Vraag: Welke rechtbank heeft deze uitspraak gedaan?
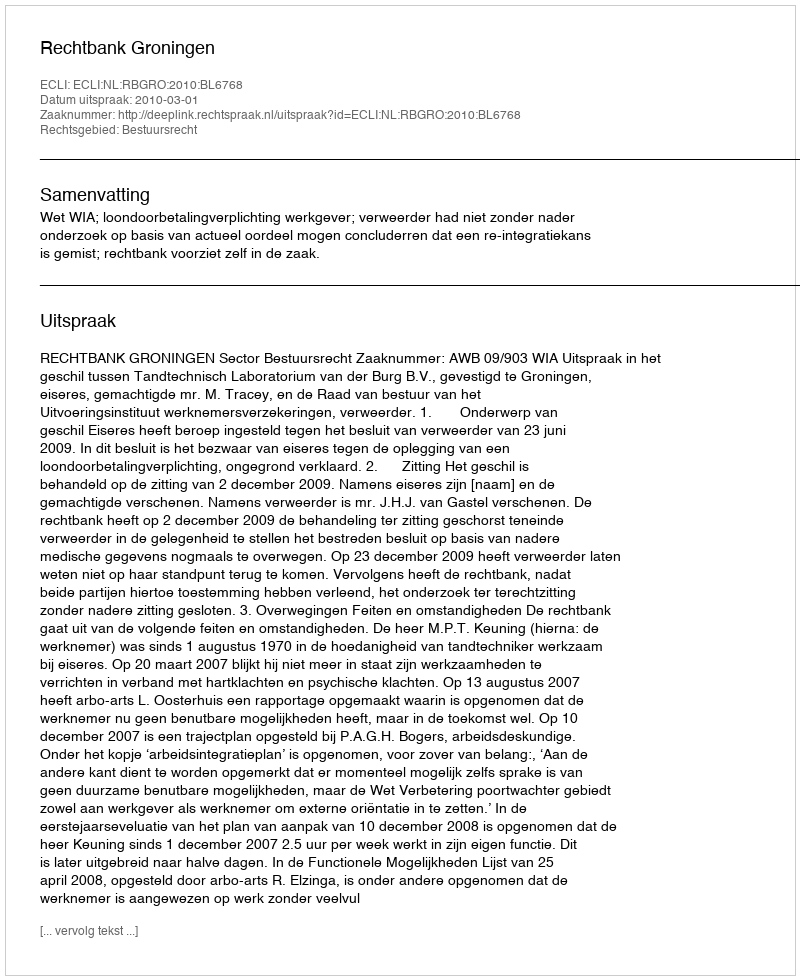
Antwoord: Rechtbank Groningen